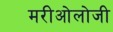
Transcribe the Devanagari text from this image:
मरीओलोजी